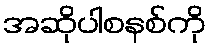
အဆိုပါစနစ်ကို